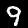
Label: 9